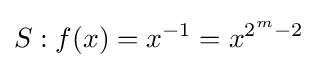
S:f(x)=x^{-1}=x^{2^{m}-2}